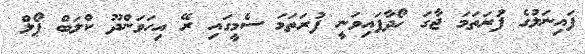
ފައިނަލުގެ ފުރަތަމަ ޖާގަ ހޯދާފައިވަނީ ފުރަތަމަ ސެމީގައި ރޭ އިހަވަންދޫ ކްލަބް ޕޯލް